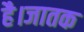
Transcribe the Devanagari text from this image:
है।जातक